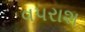
વપરાશ